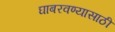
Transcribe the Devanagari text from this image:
घाबरवण्यासाठी